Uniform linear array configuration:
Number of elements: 16
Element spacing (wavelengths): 1
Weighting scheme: blackman
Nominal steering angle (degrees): -15
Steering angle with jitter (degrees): -16.302
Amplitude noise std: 0.05
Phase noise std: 0.05

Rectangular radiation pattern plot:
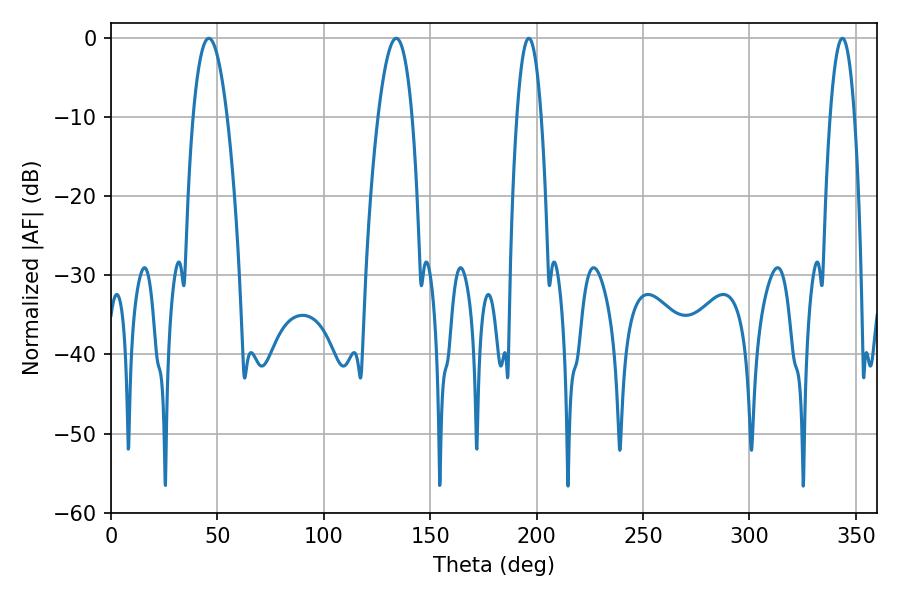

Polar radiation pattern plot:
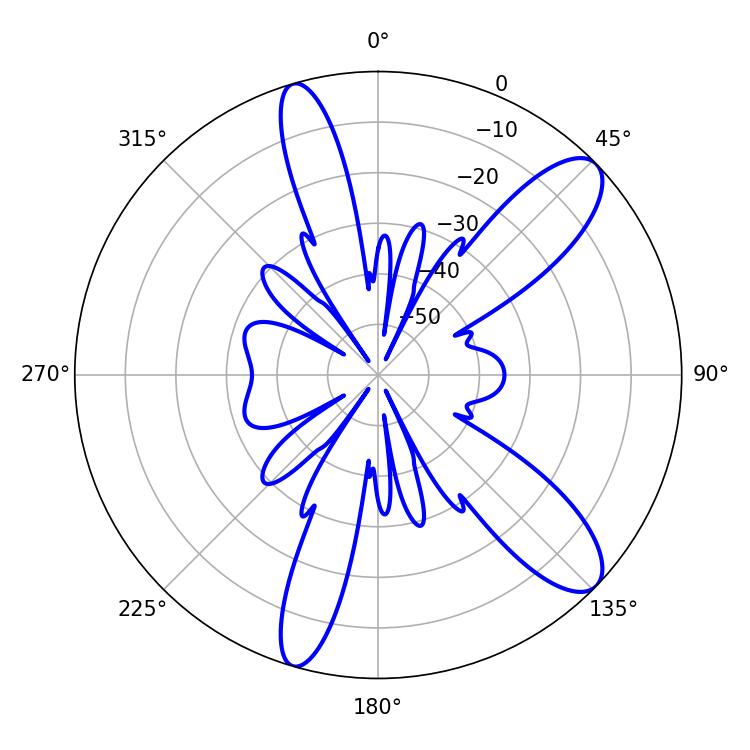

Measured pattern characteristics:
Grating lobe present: TRUE
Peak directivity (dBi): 10.672
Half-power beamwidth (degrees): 8.82
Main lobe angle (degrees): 45.9